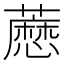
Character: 𬟊